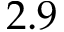
2 . 9